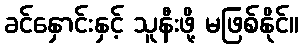
ခင်နှောင်းနှင့် သူနီးဖို့ မဖြစ်နိုင်။